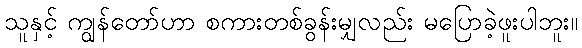
သူနှင့် ကျွန်တော်ဟာ စကားတစ်ခွန်းမျှလည်း မပြောခဲ့ဖူးပါဘူး။